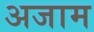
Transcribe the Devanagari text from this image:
अजाम